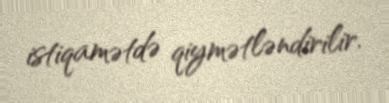
istiqamətdə qiymətləndirilir.